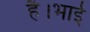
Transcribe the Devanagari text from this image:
है।भाई